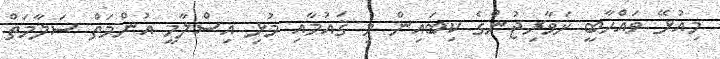
މިއުޅޭ ވައްހާބީ ޚަވާރިޖުންގެ ކިބައިން މި ޤައުމާއި މުޅި އިސްލާމީ އުންމަތް ސަލާމަތް